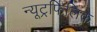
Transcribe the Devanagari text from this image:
न्यूट्रफिलिक